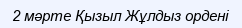
2 мәрте Қызыл Жұлдыз ордені